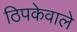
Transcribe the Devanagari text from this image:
ठिपकेवाले